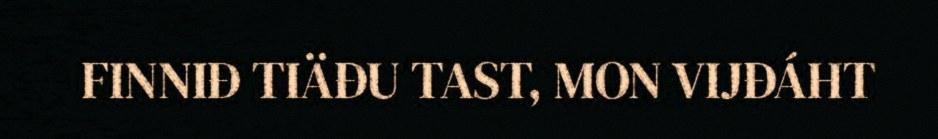
FINNIĐ TIÄĐU TAST, MON VIJĐÁHT